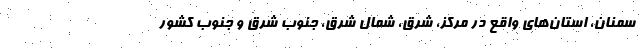
سمنان، استان‌های واقع در مرکز، شرق، شمال شرق، جنوب شرق و جنوب کشور